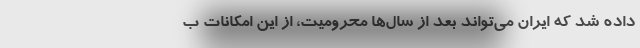
داده شد که ایران می‌تواند بعد از سال‌ها محرومیت، از این امکانات ب